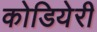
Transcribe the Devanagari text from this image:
कोडियेरी